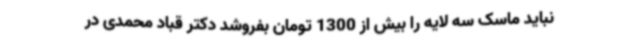
نباید ماسک سه لایه را بیش از 1300 تومان بفروشد دکتر قباد محمدی در